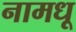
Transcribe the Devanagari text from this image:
नामधू